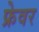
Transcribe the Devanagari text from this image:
फ्रेवर